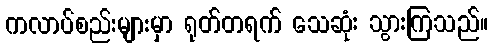
ကလာပ်စည်းများမှာ ရုတ်တရက် သေဆုံး သွားကြသည်။